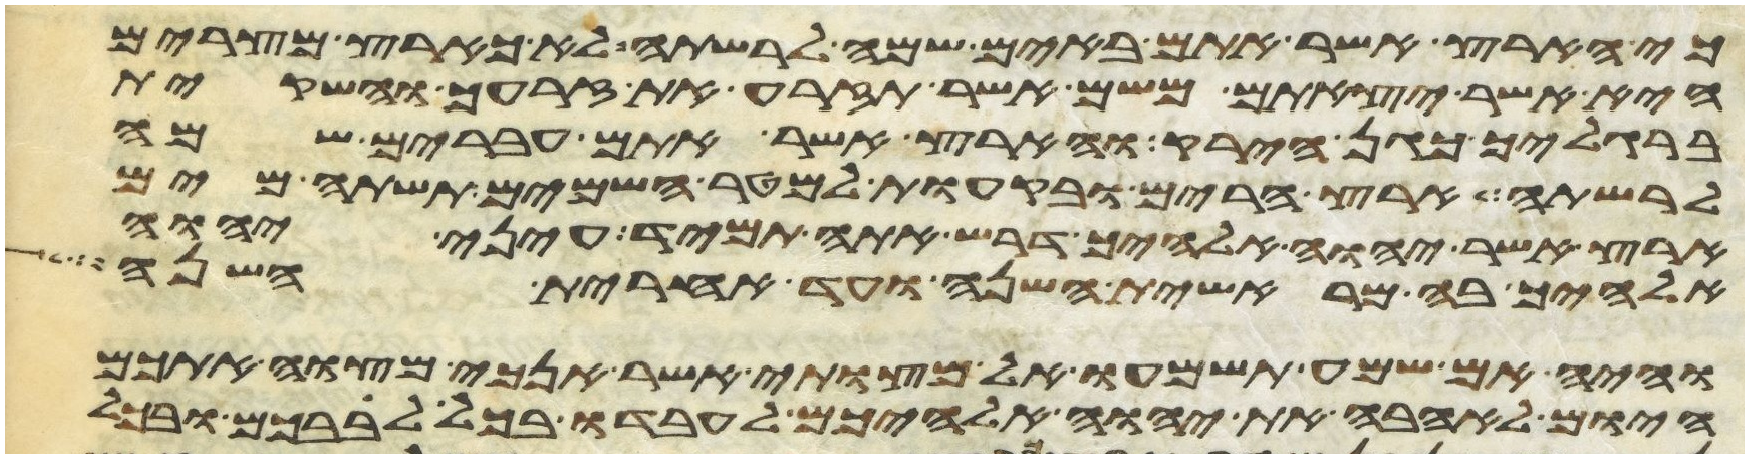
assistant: כי הארץ אשר אתם באים שמה לרשתה לא כארץ מצרים
היא אשר יצאתם משם אשר תזרע את זרעך והשקית
ברגליך כגן הירק והארץ אשר אתם עברים שמה
לרשתה ארץ הרים ובקעות למטר השמים תשתה מים
ארץ אשר יהוה אלהיך דרש אתה תמיד עיני יהוה
אלהיך בה מראשית השנה ועד אחרית השנה
והיה אם שמע תשמעו אל מצותי אשר אנכי מצוה אתכם
היום לאהבה את יהוה אלהיכם לעבדו בכל לבבכם ובכל